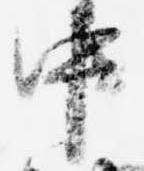
中